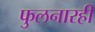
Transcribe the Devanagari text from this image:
फुलनारही